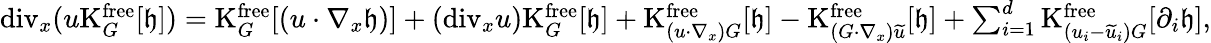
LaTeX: \begin{array}{r}{\mathrm{div}_{x}(u\mathrm{K}_{G}^{\mathrm{free}}[\mathfrak{h}])=\mathrm{K}_{G}^{\mathrm{free}}[(u\cdot\nabla_{x}\mathfrak{h})]+(\mathrm{div}_{x}u)\mathrm{K}_{G}^{\mathrm{free}}[\mathfrak{h}]+\mathrm{K}_{(u\cdot\nabla_{x})G}^{\mathrm{free}}[\mathfrak{h}]-\mathrm{K}_{(G\cdot\nabla_{x})\widetilde{u}}^{\mathrm{free}}[\mathfrak{h}]+\sum_{i=1}^{d}\mathrm{K}_{(u_{i}-\widetilde{u}_{i})G}^{\mathrm{free}}[\partial_{i}\mathfrak{h}],}\end{array}